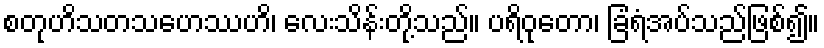
စတုဟိသတသဟေဿဟိ၊ လေးသိန်းတို့သည်။ ပရိဝုတော၊ ခြံရံအပ်သည်ဖြစ်၍။